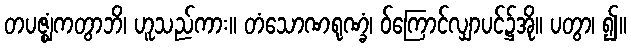
တပဇ္ဈံကတွာဘိ၊ ဟူသည်ကား။ တံသောဏရုဏ္ခံ၊ ဝ်ကြောင်လျှာပင်၌အို။ ပတွာ၊ ၍။